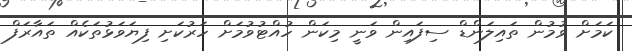
ކަމަށް ވުމުން ތައިލަންޑް ސިފައިން ވަނީ މިކަން ހުއްޓުވުމަށް ހަރުކަށި ފިޔަވަޅުތަކެއް ތައާރަފް